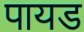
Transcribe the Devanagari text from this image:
पायड